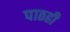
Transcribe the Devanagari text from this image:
पाठही